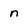
Character: n